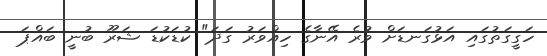
ހަގީގަތުގައި އަޅުގަނޑަށް ވުރެ އޭނާގެ ހިއްވަރު ގަދަ" ކުޑަކުޑަ ޝަރޫ ބުނީ ބައްޕަ